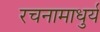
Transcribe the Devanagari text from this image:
रचनामाधुर्य